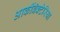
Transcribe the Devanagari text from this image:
आर्कीबॅक्टेरिया